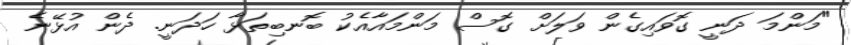
"މަންމަ ދަނީ ގޮވައިގެން ވަލަށް ގޮސް މަންމައާއެކު ބޮނބިތަޅާ ހަދަނީ. ދެން އުޅޭނެ